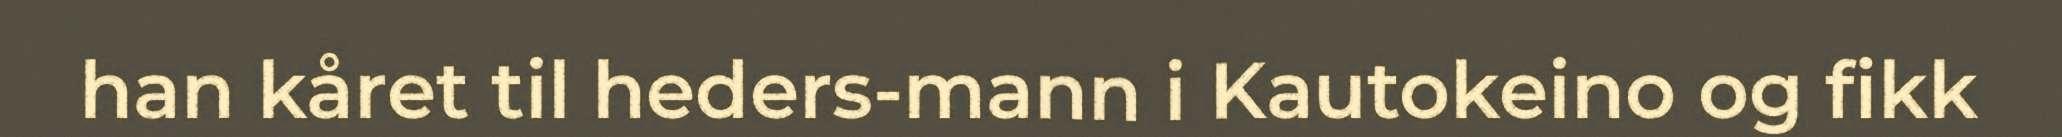
han kåret til heders-mann i Kautokeino og fikk